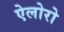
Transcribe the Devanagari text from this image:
ऐलोरो